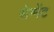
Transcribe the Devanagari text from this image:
सेग्मेंट